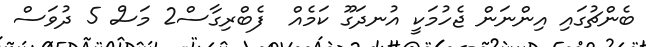
ބެންޗުގައި އިންނަން ޖެހުމަކީ އުނދަގޫ ކަމެއް  ފެބްރިގާސް2 މަސް 5 ދުވަސް